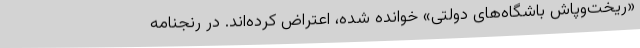
«ریخت‌وپاش باشگاه‌های دولتی» خوانده شده، اعتراض کرده‌اند. در رنجنامه